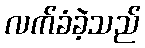
လက်ခံခဲ့သည်